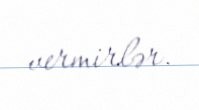
vermirlər.